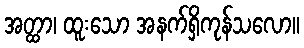
အတ္ထာ၊ ထူးသော အနက်ရှိကုန်သလော။